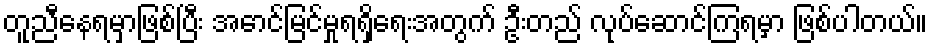
တူညီနေရမှာဖြစ်ပြီး အောင်မြင်မှုရရှိရေးအတွက် ဦးတည် လုပ်ဆောင်ကြရမှာ ဖြစ်ပါတယ်။